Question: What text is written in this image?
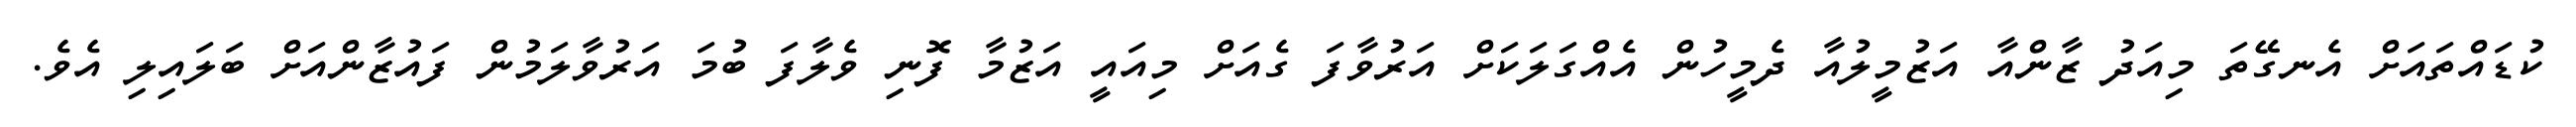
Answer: ކުޑައްތައަށް އެނގޭތަ މިއަދު ޒާންއާ އަޒުމީލުއާ ދެމީހުން އެއްގަލަކަށް އަރުވާފަ ގެއަށް މިއައީ އަޒުމާ ފޮނި ވެލާފަ ބުމަ އަރުވާލަމުން ފައުޒާންއަށް ބަލައިލި އެވެ.